NAE_ERA_R-2632_ENSV_TA_Emakeele_Selts_1945-1955, lk 203
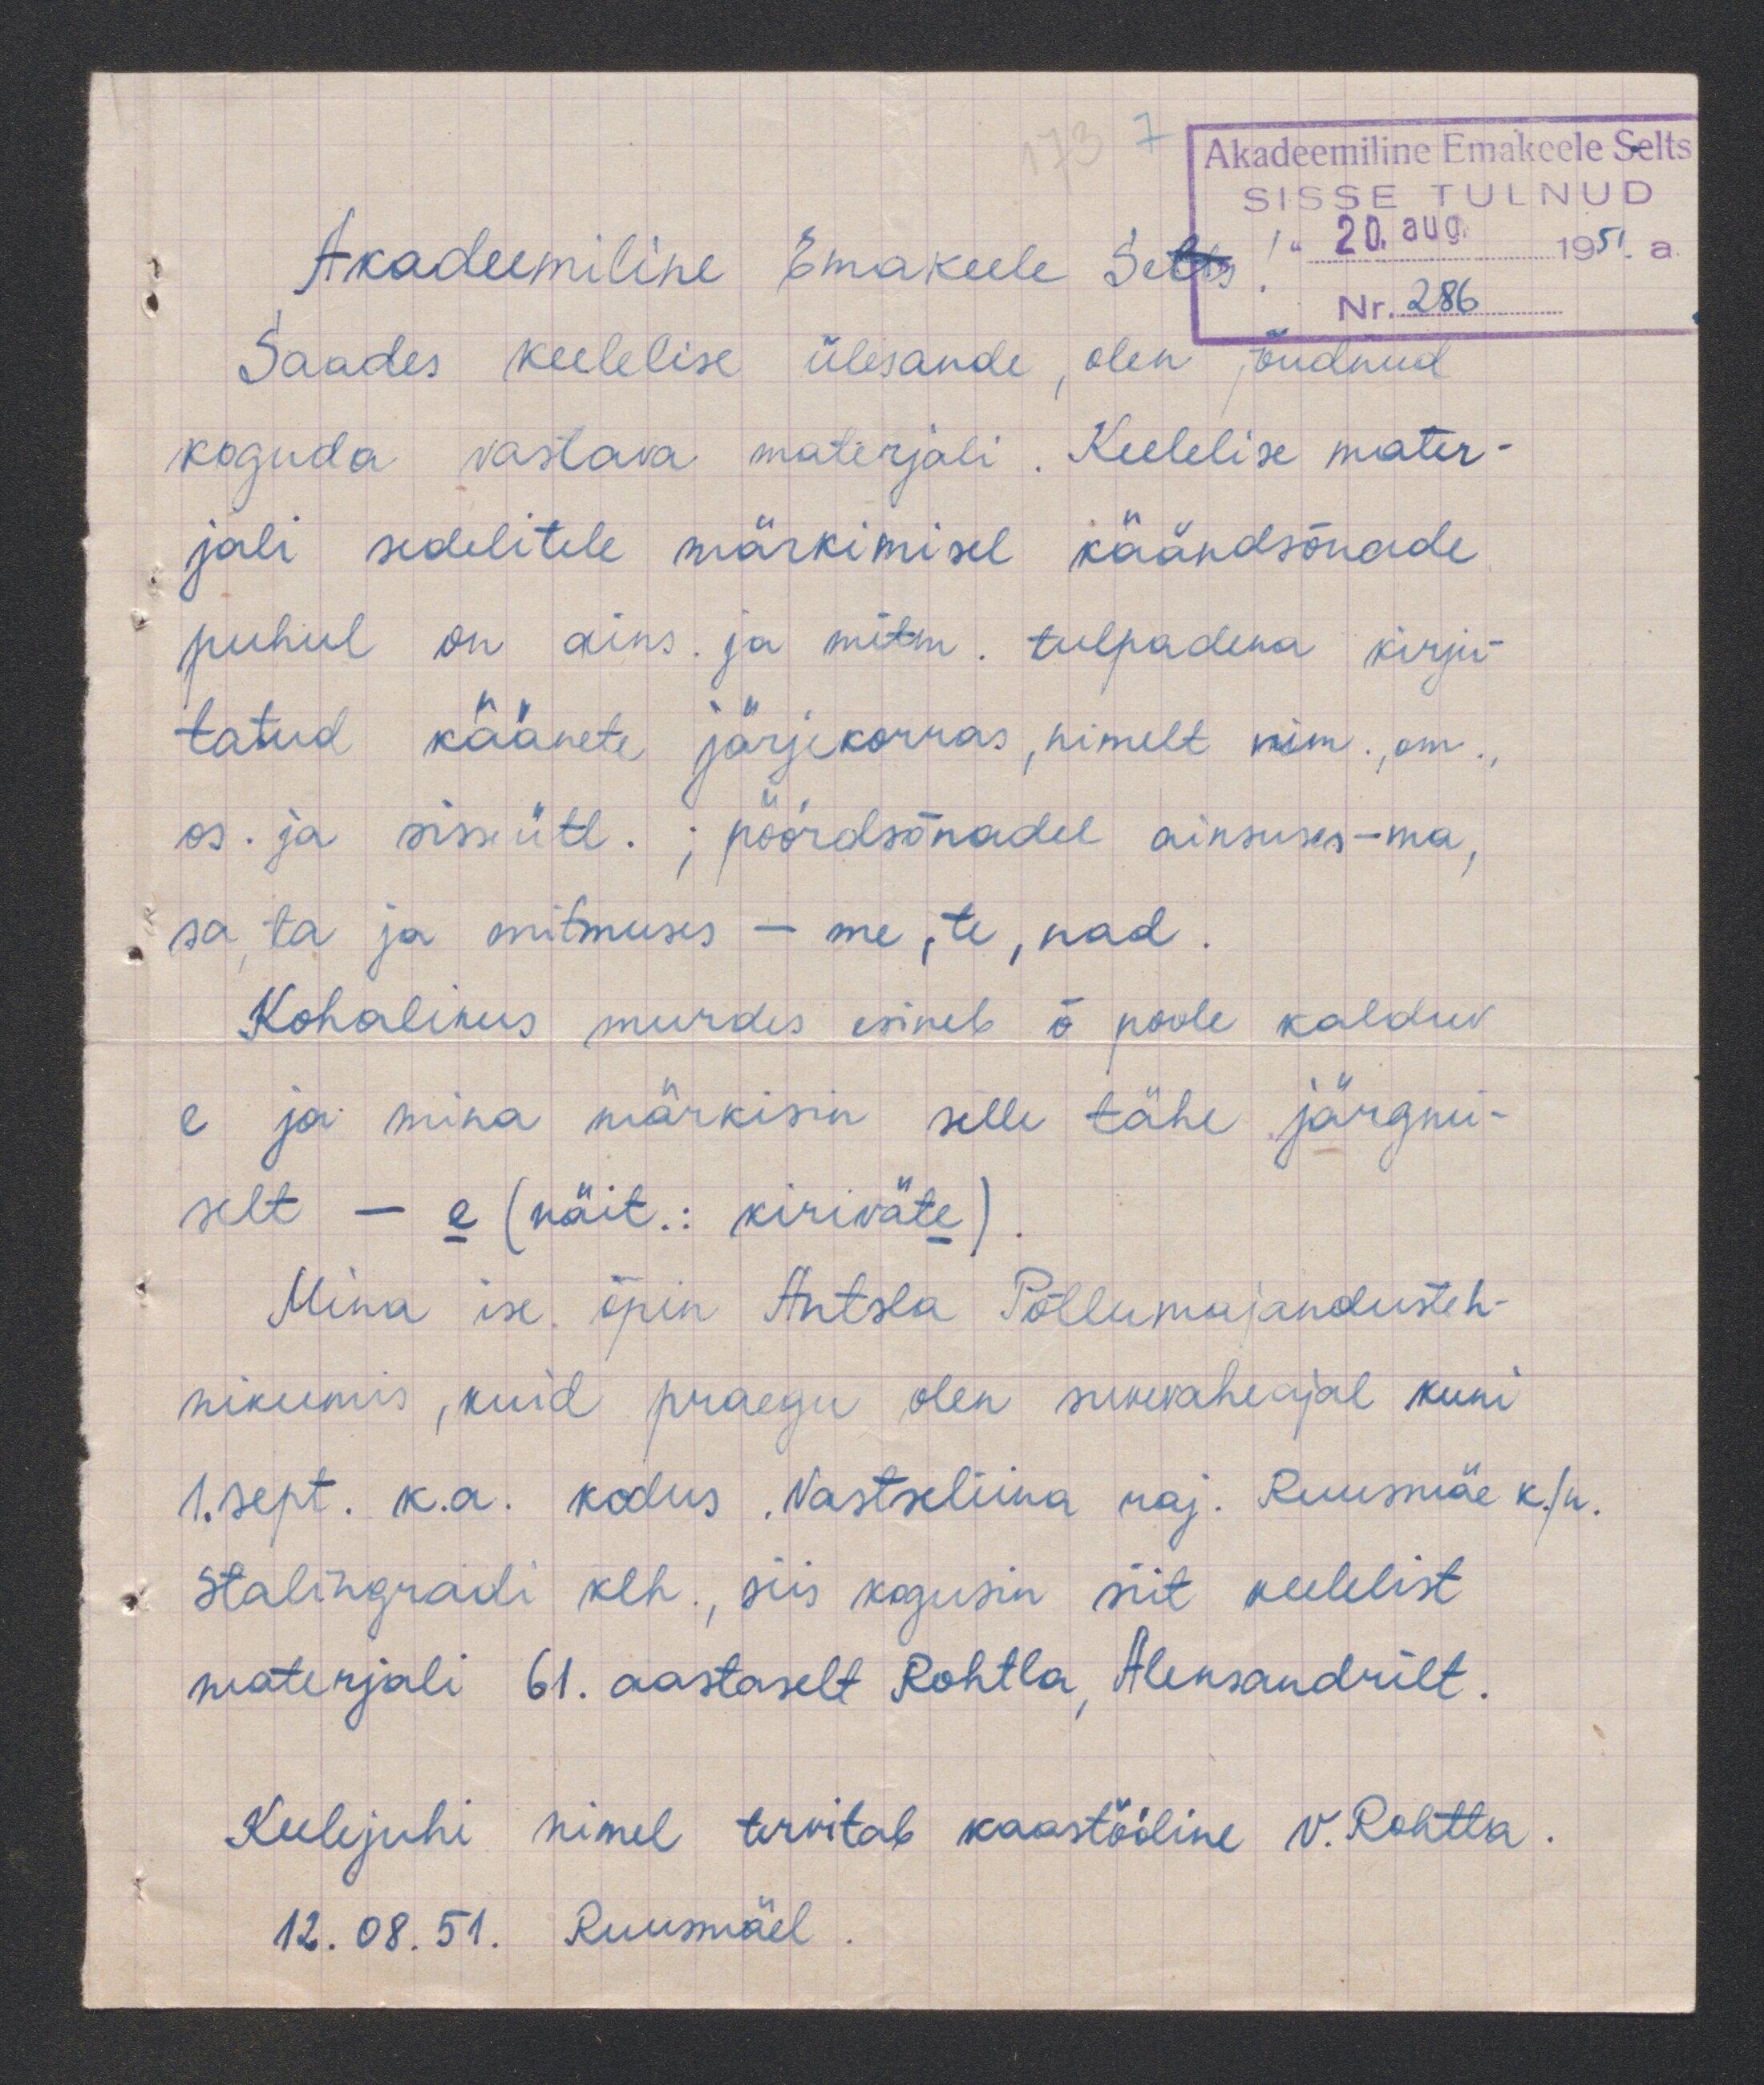
Akadeemiline Emakeele Selts
Saades keelelise ülesande olen jõudnud
koguda vastava materjali. Keelelise mater-
jali sedelitele märkimisel käändsõnade
puhul on ains. ja mitm. tulpadena kirju-
tatud käänete järjekorras, nimelt nim., om.,
os. ja sisseütl.; pöördsõnadel ainsuses-ma,
sa, ta ja mitmuses - me, te, nad
Kohalikus murdes esineb ö poole kaldus
e ja mina märkisin selle tähe järgmi-
selt - e (näit. kiriväte
Mina ise õpin Antsla Põllumajandusteh-
nikumis, kuid praegu olen suvevaheajal kuni
1. sept. k.a. kodus Vastseliina raj Ruusmäe k/n.
Stalingradi klh., siis kogusin siit keelelist
materjali 61. aastaselt Rohtla, Aleksandrilt
Keelejuhi nimel tervitab kaastööline V. Rohtla
12. 08. 51. Ruusmäel